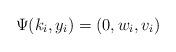
LaTeX: \begin{align*} \Psi(k_i,y_i) = (0 , w_i, v_i)\end{align*}